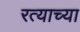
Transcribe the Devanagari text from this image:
रत्याच्या